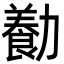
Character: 㔦